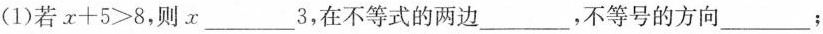
(1)若$$x + 5 > 8$$，则x___3，在不等式的两边___，不等号的方向___；